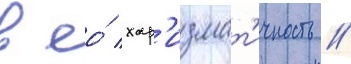
в ео́ хар'измат'ичность //